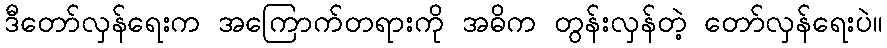
ဒီတော်လှန်ရေးက အကြောက်တရားကို အဓိက တွန်းလှန်တဲ့ တော်လှန်ရေးပဲ။